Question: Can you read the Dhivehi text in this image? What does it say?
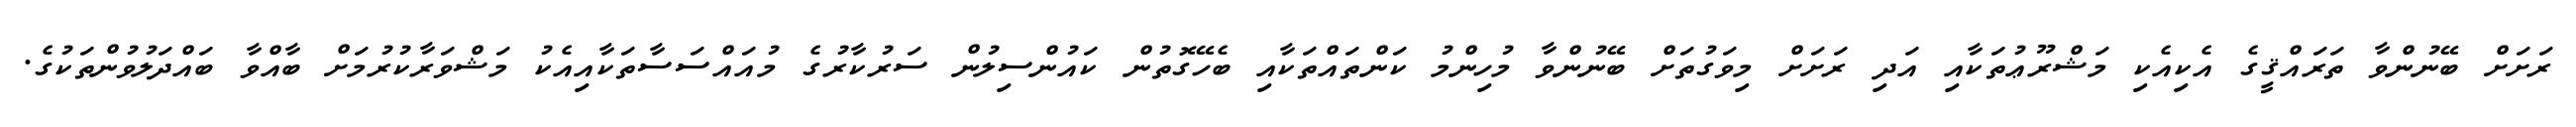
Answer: ރަށަށް ބޭނުންވާ ތަރައްޤީގެ އެކިއެކި މަޝްރޫޢުތަކާއި އަދި ރަށަށް މިވަގުތަށް ބޭނުންވާ މުހިންމު ކަންތައްތަކާއި ބެހޭގޮތުން ކައުންސިލުން ސަރުކާރުގެ މުއައްސަސާތަކާއިއެކު މަޝްވަރާކުރުމަށް ބާއްވާ ބައްދަލުވުންތަކުގެ.